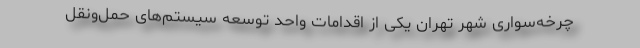
چرخه‌سواری شهر تهران یکی از اقدامات واحد توسعه سیستم‌های حمل‌ونقل